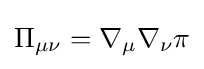
\Pi _{\mu \nu }=\nabla _{\mu }\nabla _{\nu }\pi